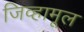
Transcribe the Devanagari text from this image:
जिव्हामूल